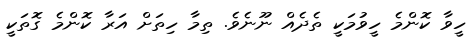
ހީވާ ކޮންމެ ހީވުމަކީ ތެދެއް ނޫނެވެ. ތިމާ ހިތަށް އަރާ ކޮންމެ ގޮތަކީ